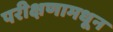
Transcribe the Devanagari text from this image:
परीक्षणामधून